Annual administration report of the Civil Veterinary Department of India - 1895-1896
Year: 1895
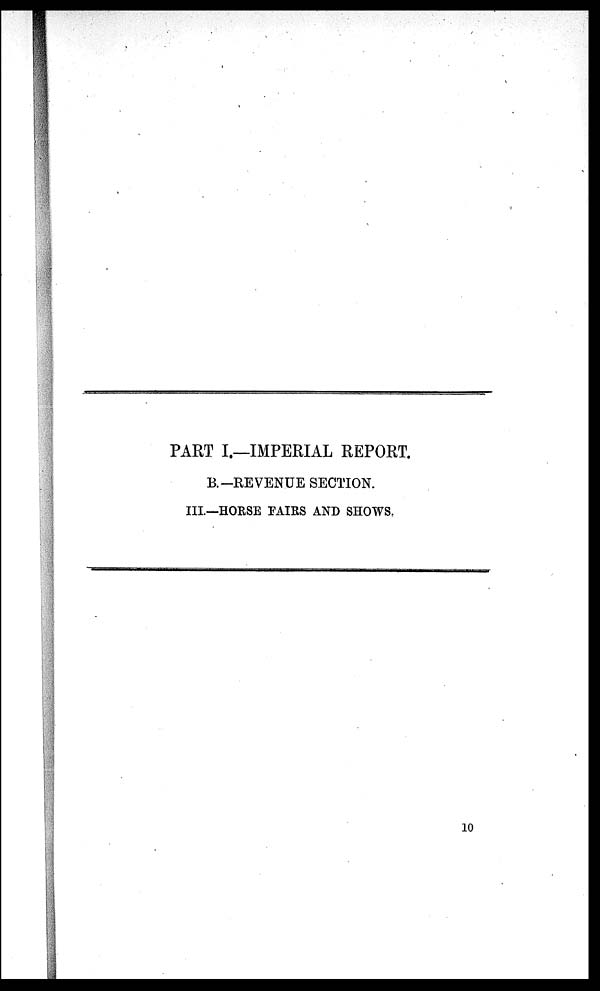
PART I.—IMPERIAL REPORT.
B.—REVENUE SECTION.
III.—HORSE FAIRS AND SHOWS.